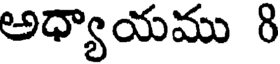
అధ్యాయము 8